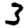
Digit: 3